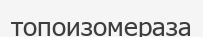
топоизомераза